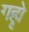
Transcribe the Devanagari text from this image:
गहृो